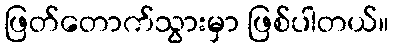
ဖြတ်တောက်သွားမှာ ဖြစ်ပါတယ်။